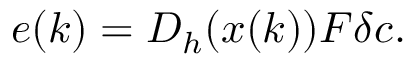
e ( k ) = D _ { h } ( x ( k ) ) F \delta c .